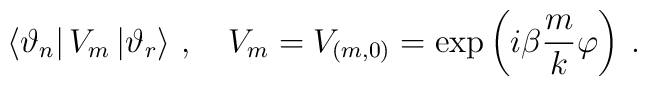
\left\langle \vartheta _{n}\right| V_{m}\left| \vartheta_{r}\right\rangle \,,\quad V_{m}=V_{(m,0)}=\exp \left( {i\beta }\frac{m}{k}\varphi \right) \: .